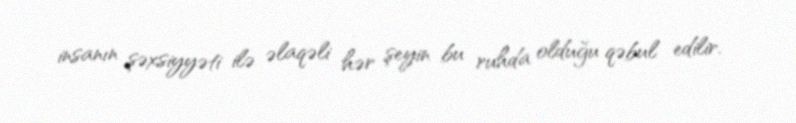
insanın şəxsiyyəti ilə əlaqəli hər şeyin bu ruhda olduğu qəbul edilir.